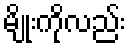
မျိုးကိုလည်း